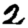
Digit: 2